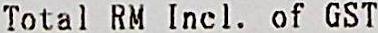
TOTAL RM INCL. OF GST